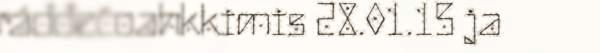
ráđđečoahkkimis 28.01.15 ja